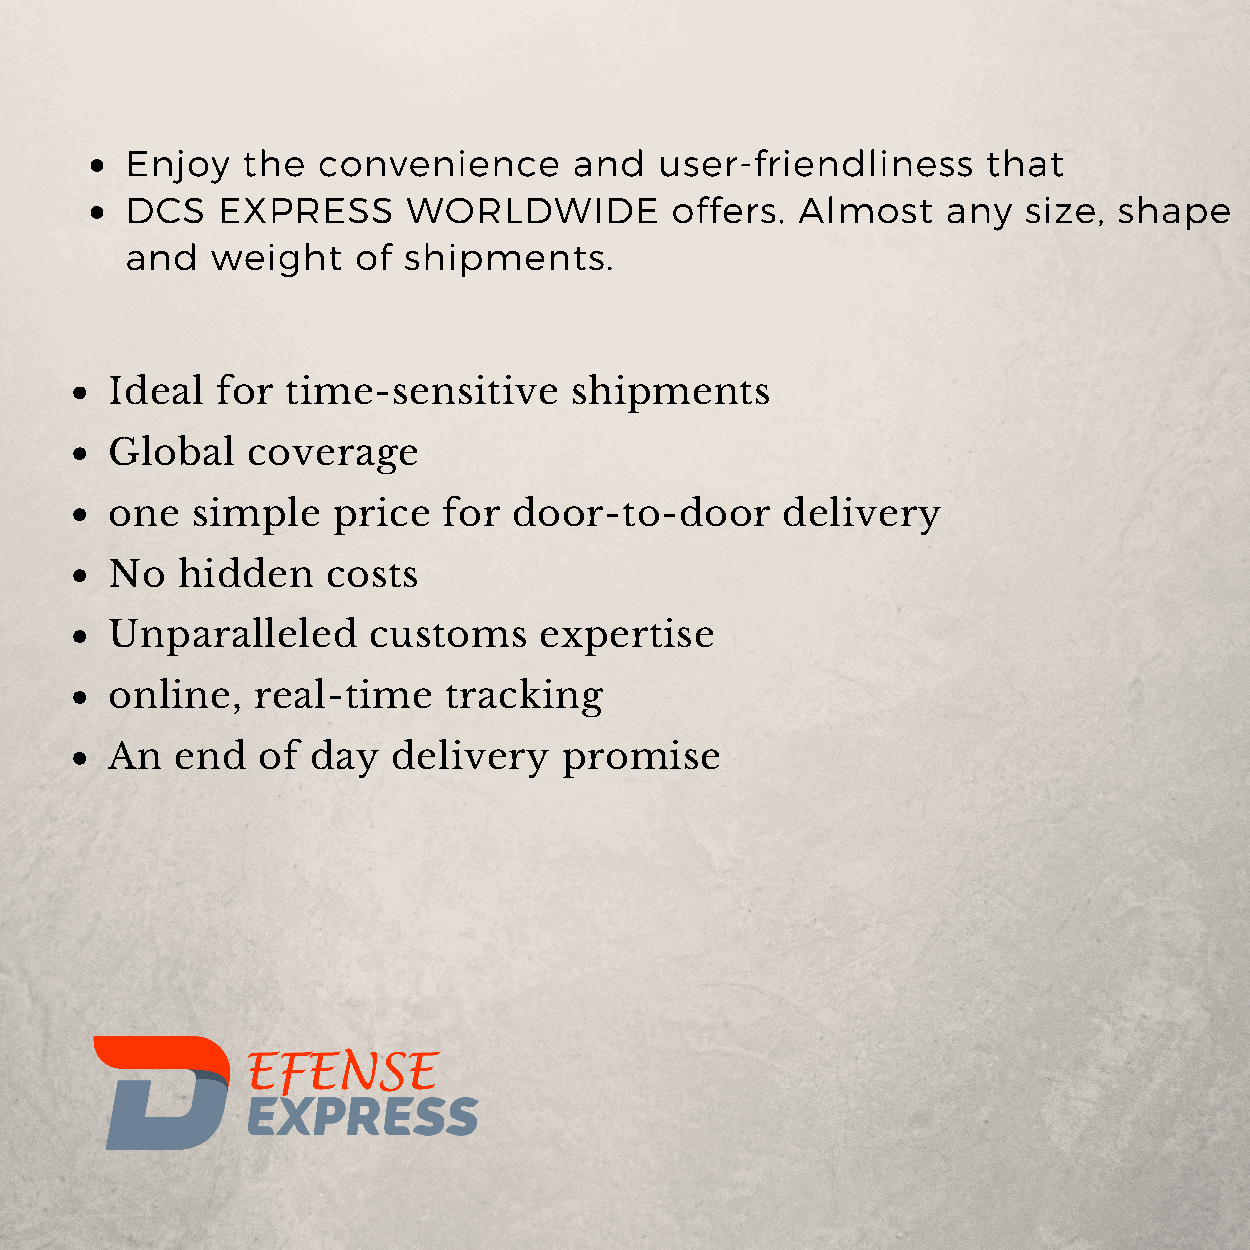
Enjoy   the  convenience      and   user-friendliness    that
 DCS   EXPRESS      WORLDWIDE        offers.  Almost    any  size, shape
 and   weight    of shipments.
 Ideal  for  time-sensitive     shipments
 Global   coverage
 one   simple   price  for  door-to-door      delivery
 No   hidden    costs
 Unparalleled     customs     expertise
 online,   real-time   tracking
 An   end  of day   delivery   promise